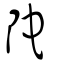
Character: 陀